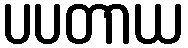
ပပတာယ